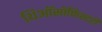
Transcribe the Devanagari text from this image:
थिऑसॉफिस्टही